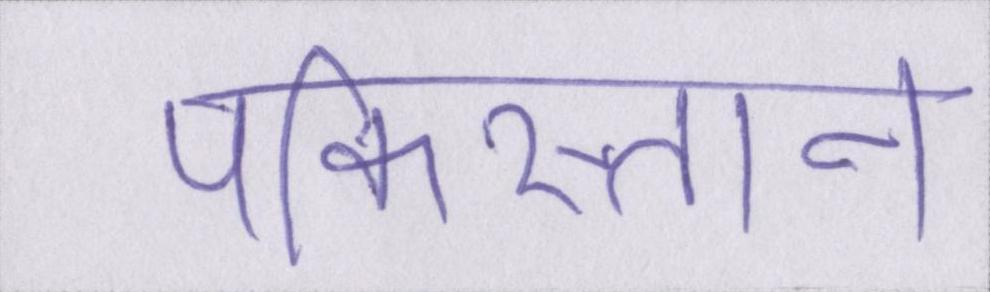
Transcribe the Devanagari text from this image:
पकिस्तान